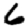
Digit: 6